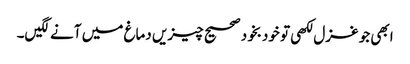
ابھی جو غزل لکھی تو خودبخود صحیح چیزیں دماغ میں آنے لگیں۔